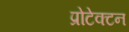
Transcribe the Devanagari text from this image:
प्रोटेक्टन